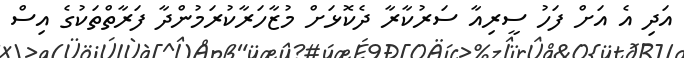
އަދި އެ އަށް ފަހު ސީރިއާ ސަރުކާރާ ދެކޮޅަށް މުޒާހަރާކުރަމުންދާ ފަރާތްތަކުގެ އިސް